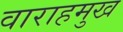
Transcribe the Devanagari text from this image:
वाराहमुख